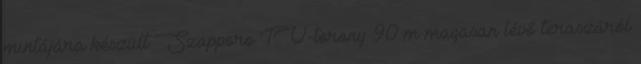
mintájára készült Szapporo TV-torony 90 m magasan lévő teraszáról